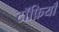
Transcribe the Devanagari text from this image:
टॉफ़ियाँ